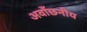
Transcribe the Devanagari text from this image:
अवाँछनीय